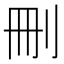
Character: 刪